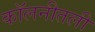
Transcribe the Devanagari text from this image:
कॉलनीतली